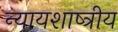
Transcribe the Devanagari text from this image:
न्यायशाष्त्रीय